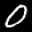
Label: 0